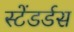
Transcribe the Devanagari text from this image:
स्टेंडर्डस